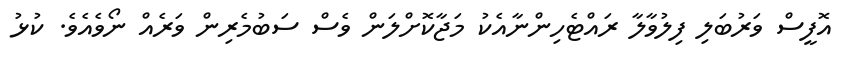
އޮފީސް ވަރުބަލި ފިލުވާލާ ރައްޓެހިންނާއެކު މަޖާކޮށްލަން ވެސް ސަބުމެރިން ވަރެއް ނޯވެއެވެ. ކުޅު